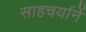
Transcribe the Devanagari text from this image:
साहचर्यानें